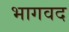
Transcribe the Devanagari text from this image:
भागवद